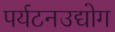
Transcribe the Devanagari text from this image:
पर्यटनउद्योग